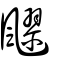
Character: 飂